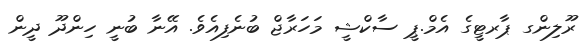
ރޫލިންގ ޕާރޓީގެ އެމް.ޕީ ސާކްޝީ މަހަރާޖް ބުނެފިއެވެ. އޭނާ ބުނީ ހިންދޫ ދީން